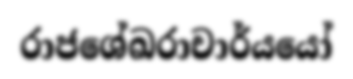
රාජශේඛරාචාර්යයෝ